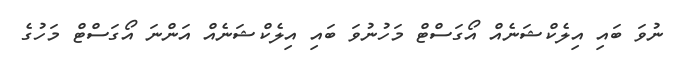
ނުވަ ބައި އިލެކްޝަނެއް އޯގަސްޓް މަހުނުވަ ބައި އިލެކްޝަނެއް އަންނަ އޯގަސްޓް މަހުގެ